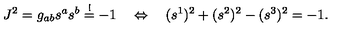
J ^ { 2 } = g _ { a b } s ^ { a } s ^ { b } \stackrel { ! } { = } - 1 \quad \Leftrightarrow \quad ( s ^ { 1 } ) ^ { 2 } + ( s ^ { 2 } ) ^ { 2 } - ( s ^ { 3 } ) ^ { 2 } = - 1 .